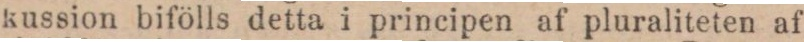
kussion bifölls detta i principen af pluraliteten af